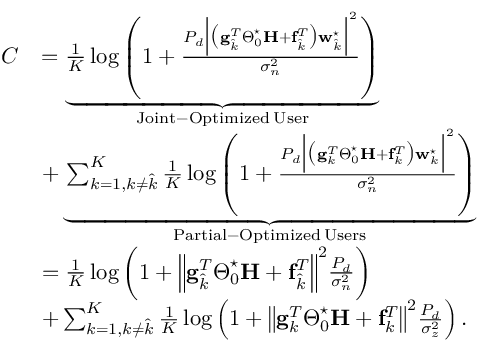
\begin{array} { r l } { C } & { = \underbrace { \frac { 1 } { K } \log \left( 1 + \frac { P _ { d } \Bigl | \bigl ( \mathbf { g } _ { \hat { k } } ^ { T } \boldsymbol { \Theta } _ { 0 } ^ { \star } \mathbf { H } + \mathbf { f } _ { \hat { k } } ^ { T } \bigr ) \mathbf { w } _ { \hat { k } } ^ { \star } \Bigr | ^ { 2 } } { \sigma _ { n } ^ { 2 } } \right) } _ { \mathrm { J o i n t - O p t i m i z e d \: U s e r } } } \\ & { + \underbrace { \sum _ { k = 1 , k \neq \hat { k } } ^ { K } \frac { 1 } { K } \log \left( 1 + \frac { P _ { d } \Bigl | \bigl ( \mathbf { g } _ { k } ^ { T } \boldsymbol { \Theta } _ { 0 } ^ { \star } \mathbf { H } + \mathbf { f } _ { k } ^ { T } \bigr ) \mathbf { w } _ { k } ^ { \star } \Bigr | ^ { 2 } } { \sigma _ { n } ^ { 2 } } \right) } _ { \mathrm { P a r t i a l - O p t i m i z e d \: U s e r s } } } \\ & { = \frac { 1 } { K } \log \left( 1 + \Bigl \| \mathbf { g } _ { \hat { k } } ^ { T } \boldsymbol { \Theta } _ { 0 } ^ { \star } \mathbf { H } + \mathbf { f } _ { \hat { k } } ^ { T } \Bigr \| ^ { 2 } \frac { P _ { d } } { \sigma _ { n } ^ { 2 } } \right) } \\ & { + \sum _ { k = 1 , k \neq \hat { k } } ^ { K } \frac { 1 } { K } \log \left( 1 + \bigl \| \mathbf { g } _ { k } ^ { T } \boldsymbol { \Theta } _ { 0 } ^ { \star } \mathbf { H } + \mathbf { f } _ { k } ^ { T } \bigr \| ^ { 2 } \frac { P _ { d } } { \sigma _ { z } ^ { 2 } } \right) . } \end{array}